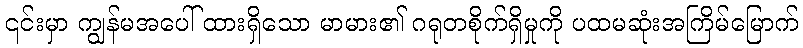
၎င်းမှာ ကျွန်မအပေါ် ထားရှိသော မာမား၏ ဂရုတစိုက်ရှိမှုကို ပထမဆုံးအကြိမ်မြောက်